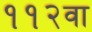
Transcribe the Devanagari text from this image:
११२वा